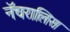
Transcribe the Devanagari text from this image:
नॅचरालिस